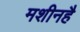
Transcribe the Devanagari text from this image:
मशीनहै